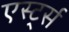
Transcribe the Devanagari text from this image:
एर्स्ट्स